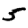
Digit: 5